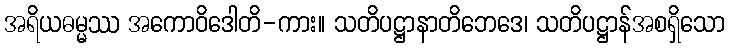
အရိယဓမ္မဿ အကောဝိဒေါတိ-ကား။ သတိပဋ္ဌာနာတိဘေဒေ၊ သတိပဋ္ဌာန်အစရှိသော